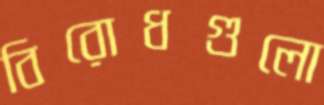
বিরোধগুলো